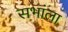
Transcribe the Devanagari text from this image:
सभांला